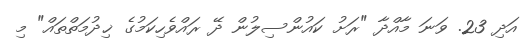
އަދި 23. ވަނަ މާއްދާ "ރަށު ކައުންސިލުން ދޭ ރައްވެހިކަމުގެ ޚިދުމަތްތައް" މި